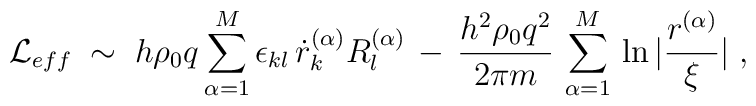
{\mathcal L}_{eff}\;\sim\; h \rho_0 q \sum_{\alpha = 1}^M \epsilon_{kl} \, \dot{r}^{(\alpha)}_k  R^{(\alpha)}_l \,-\, \frac{h^2\rho_0 q^2}{2 \pi m}\,\sum_{\alpha=1}^M \, \ln |\frac{r^{(\alpha)}}{\xi}|\;,